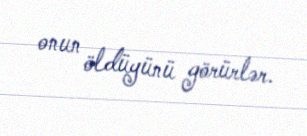
onun öldüyünü görürlər.